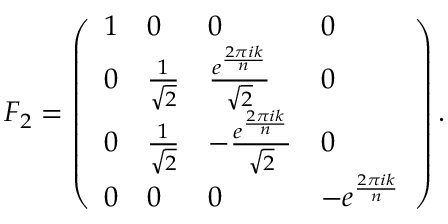
F _ { 2 } = \left( \begin{array} { l l l l } { 1 } & { 0 } & { 0 } & { 0 } \\ { 0 } & { \frac { 1 } { \sqrt { 2 } } } & { \frac { e ^ { \frac { 2 \pi i k } { n } } } { \sqrt { 2 } } } & { 0 } \\ { 0 } & { \frac { 1 } { \sqrt { 2 } } } & { - \frac { e ^ { \frac { 2 \pi i k } { n } } } { \sqrt { 2 } } } & { 0 } \\ { 0 } & { 0 } & { 0 } & { - e ^ { \frac { 2 \pi i k } { n } } } \end{array} \right) .